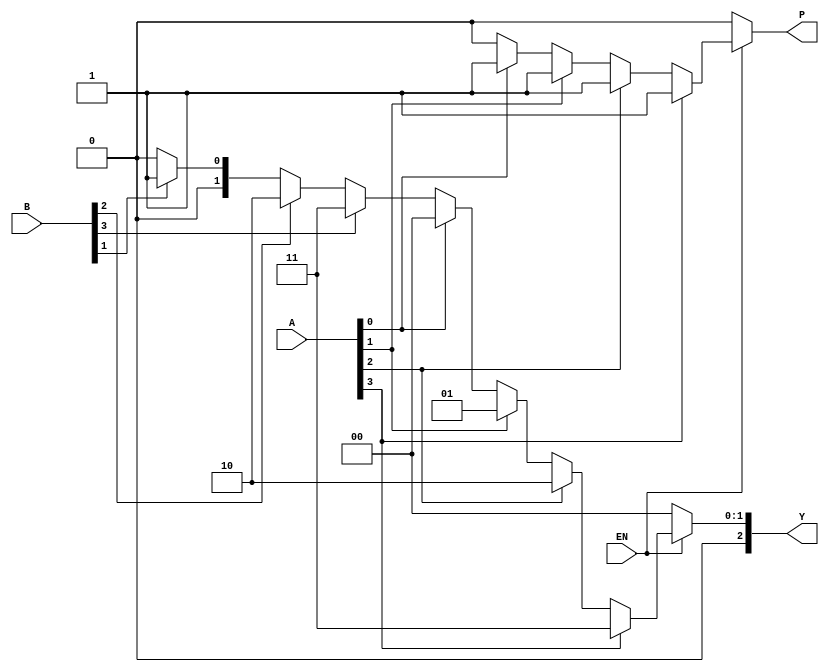
module dual_priority_encoder (
    input wire [3:0] A,    // Group A inputs
    input wire [3:0] B,    // Group B inputs
    input wire EN,         // Enable signal
    output reg [2:0] Y,    // 3-bit binary output
    output reg P           // Priority indicator
);

always @(*) begin
    if (EN) begin
        // Default output
        Y = 3'b000; // Error state when no inputs are active
        P = 1'b0;   // Default to Group B
        
        // Check Group A inputs first
        if (A[3]) begin
            Y = 3'b011; // A3
            P = 1'b1;
        end else if (A[2]) begin
            Y = 3'b010; // A2
            P = 1'b1;
        end else if (A[1]) begin
            Y = 3'b001; // A1
            P = 1'b1;
        end else if (A[0]) begin
            Y = 3'b000; // A0
            P = 1'b1;
        end else begin
            // Check Group B inputs if Group A is inactive
            if (B[3]) begin
                Y = 3'b011; // B3
                P = 1'b0;   // Group B 
            end else if (B[2]) begin
                Y = 3'b010; // B2
                P = 1'b0;   // Group B
            end else if (B[1]) begin
                Y = 3'b001; // B1
                P = 1'b0;   // Group B
            end else if (B[0]) begin
                Y = 3'b000; // B0
                P = 1'b0;   // Group B
            end
        end
    end else begin
        // If not enabled, set outputs to zero or an error state
        Y = 3'b000; 
        P = 1'b0;   
    end
end

endmodule